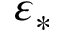
\varepsilon _ { \ast }